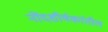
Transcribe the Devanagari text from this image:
नोंदशीर्षकांतील